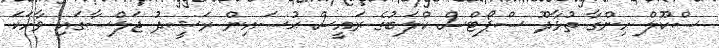
ސްކޫލް ހިންގާ ތުޅާދޫ ސްޕޯޓްސް ކްލަބުގެ ރައީސް ޙުސައިން ރަޝީދު ޖަލްސާގައި ވާހަކަ